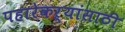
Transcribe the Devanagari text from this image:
पहारेकऱ्यांसाठी